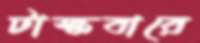
টাস্কবারে